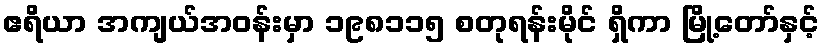
ဧရိယာ အကျယ်အဝန်းမှာ ၁၉၈၁၁၅ စတုရန်းမိုင် ရှိကာ မြို့တော်နှင့်